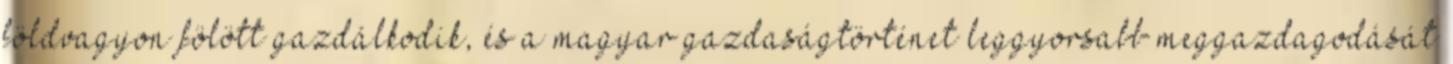
földvagyon fölött gazdálkodik, és a magyar gazdaságtörténet leggyorsabb meggazdagodását